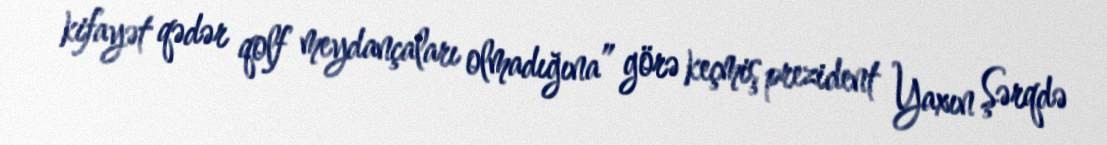
kifayət qədər qolf meydançaları olmadığına” görə keçmiş prezident Yaxın Şərqdə